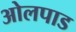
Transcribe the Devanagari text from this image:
ओलपाड